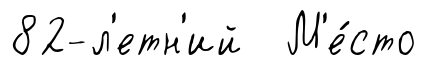
82-л'етн'ий М'е́сто